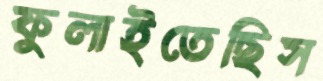
ফুলাইতেছিস